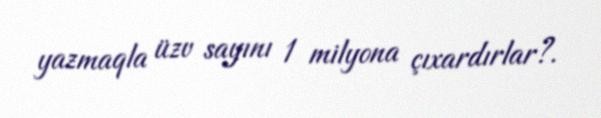
yazmaqla üzv sayını 1 milyona çıxardırlar?.